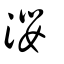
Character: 瀴